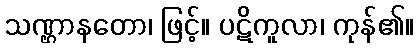
သဏ္ဌာနတော၊ ဖြင့်။ ပဋိကူလာ၊ ကုန်၏။